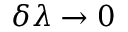
\delta \lambda \rightarrow 0